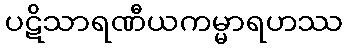
ပဋိသာရဏီယကမ္မာရဟဿ